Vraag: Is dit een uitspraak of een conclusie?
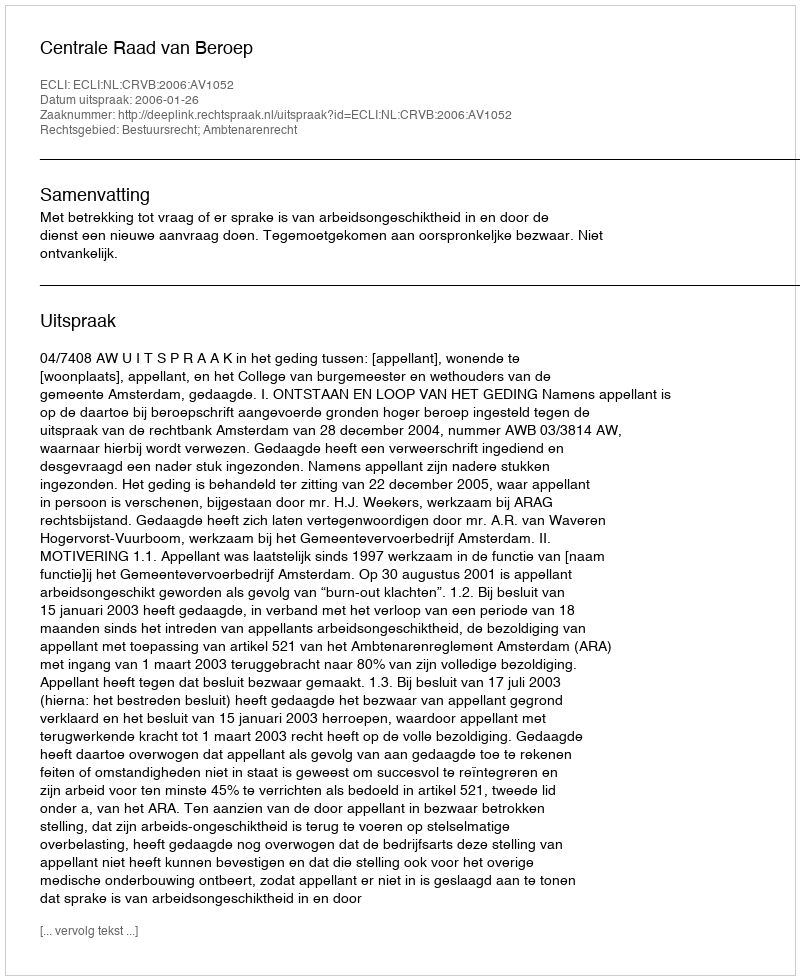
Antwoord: Uitspraak